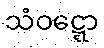
သံဝဋ္ဋော